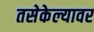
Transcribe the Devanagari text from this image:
तसेकेल्यावर